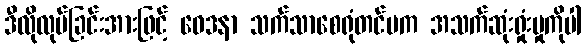
ဒီလိုလုပ်ခြင်းအားဖြင့် ဝေဒနာ သက်သာစေရုံတင်မက အသက်ဆုံးရှုံးမှုကိုပါ